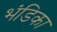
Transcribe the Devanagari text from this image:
भंडिका